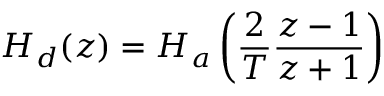
H _ { d } ( z ) = H _ { a } \left( { \frac { 2 } { T } } { \frac { z - 1 } { z + 1 } } \right)